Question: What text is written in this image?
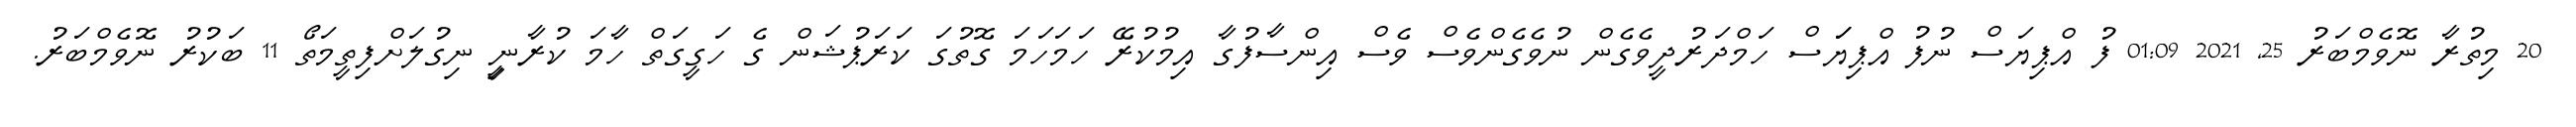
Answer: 20 މިތުރާ ނޮވެމްބަރު 25, 2021 01:09 ފު އްޕިޔަސް ނުފު އްޕިޔަަސް ހަމްދަރުދީވެގެން ނުވެގެންވެސް ވެސް އިންސާފުގާ އިމުކުރޭ ހަމަހަމަ ގޮތުގަ ކަރަޕުޝަން ގެ ހަގީގަތް ހާމަ ކުރާނީި ނިގުލަށްފިތީމަތޯ 11 ބަކުރު ނޮވެމްބަރު.